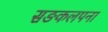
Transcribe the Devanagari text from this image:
सङकलपना